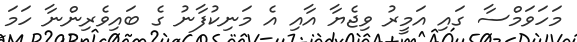
މަހަވަމްސާ ގައި އަމީރު ވިޖެޔާ އާއި އެ މަނިކުފާނު ގެ ބައިވެރިންނާ ހަމަ